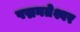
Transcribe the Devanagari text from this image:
पद्मनतेश्वर